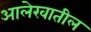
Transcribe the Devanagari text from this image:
आलेखातील